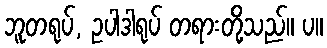
ဘူတရုပ်, ဥပါဒါရုပ် တရားတို့သည်။ ပ။